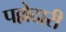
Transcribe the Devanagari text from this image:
पल्लेदारी